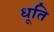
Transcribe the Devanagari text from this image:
धूति